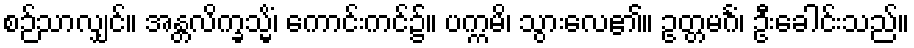
စဉ်သာလျှင်။ အန္တလိက္ခသ္မိံ၊ ကောင်းကင်၌။ ပက္ကမိ၊ သွားလေ၏။ ဥတ္တမင်္ဂံ၊ ဦးခေါင်းသည်။